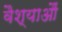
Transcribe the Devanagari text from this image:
वैश्याऔं